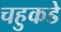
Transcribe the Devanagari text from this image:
चहुकडे